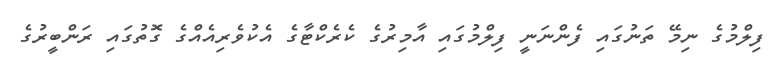
ފިލްމުގެ ނިމޭ ތަނުގައި ފެންނަނީ ފިލްމުގައި އާމިރުގެ ކެރެކްޓާގެ އެކުވެރިއެއްގެ ގޮތުގައި ރަންބީރުގެ